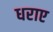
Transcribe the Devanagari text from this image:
धराए